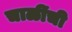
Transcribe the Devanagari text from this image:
चाळींची